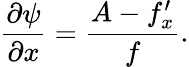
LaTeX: \frac{\partial\psi}{\partial x}=\frac{A-f_{x}^{\prime}}{f}.